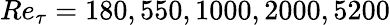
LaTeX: Re_{\tau}=180,550,1000,2000,5200